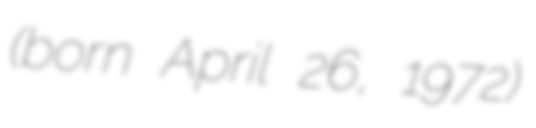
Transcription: (born April 26, 1972)